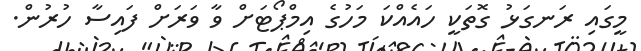
މީގައި ރަނގަޅު ގޮތަކީ ހައެއްކަ މަހުގެ އިމްޕޯޓަށް ވާ ވަރަށް ފައިސާ ހުރުން.